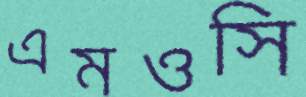
এমওসি